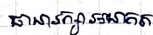
ធានារក្សាអនាគត